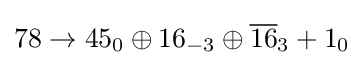
78\rightarrow 45_{0}\oplus 16_{-3}\oplus {\overline {16}}_{3}+1_{0}